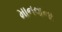
માનવાના